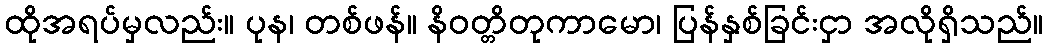
ထိုအရပ်မှလည်း။ ပုန၊ တစ်ဖန်။ နိဝတ္တိတုကာမော၊ ပြန်နှစ်ခြင်းငှာ အလိုရှိသည်။